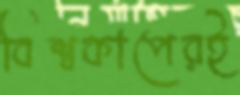
বিশ্বকাপেরই